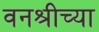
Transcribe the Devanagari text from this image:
वनश्रीच्या